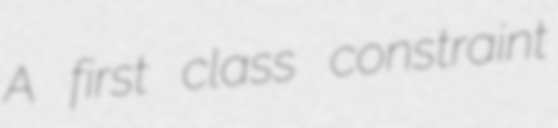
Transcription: A first class constraint